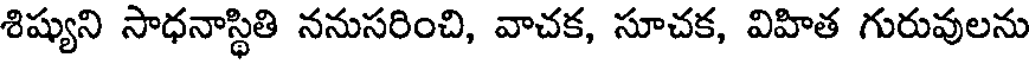
శిష్యుని సాధనాస్థితి ననుసరించి, వాచక, సూచక, విహిత గురువులను